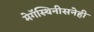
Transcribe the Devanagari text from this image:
मेगॅस्थिनीसनेही